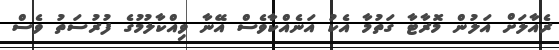
ރެއާލަށް އަލުން މޮރާޓާ ގަތުމާ އެކު އަނެއްކާވެސް އޭނާ ވިއްކާލުމުގެ ފުރުސަތު ވެސް